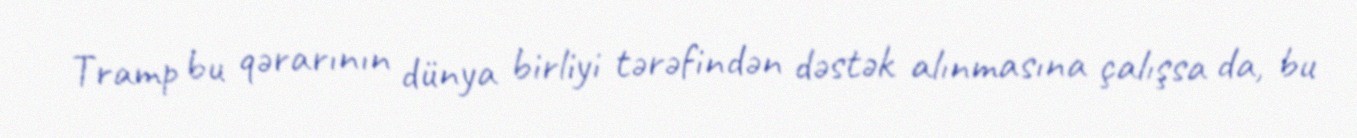
Tramp bu qərarının dünya birliyi tərəfindən dəstək alınmasına çalışsa da, bu